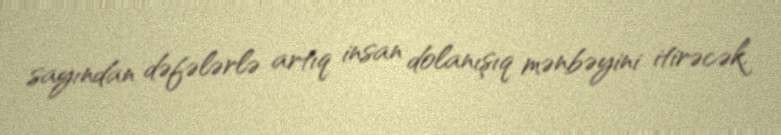
sayından dəfələrlə artıq insan dolanışıq mənbəyini itirəcək.